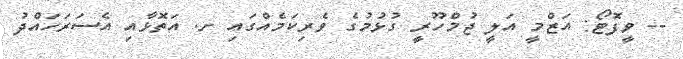
-- ވީފޮޓޯ: އަޒްމީ އަލީ ޖުމްހޫރީ ގުޅުމުގެ ވެރިކަމެއްގައި ށ. އަތޮޅާއި އެސަރަހައްދު